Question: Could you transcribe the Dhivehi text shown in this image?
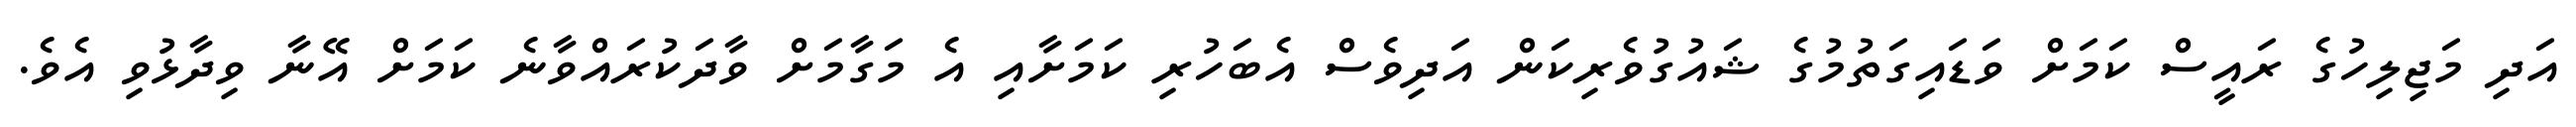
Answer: އަދި މަޖިލިހުގެ ރައީސް ކަމަށް ވަޑައިގަތުމުގެ ޝައުގުވެރިކަން އަދިވެސް އެބަހުރި ކަމަށާއި އެ މަގާމަށް ވާދަކުރައްވާނެ ކަމަށް އޭނާ ވިދާޅުވި އެވެ.